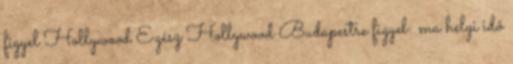
figyel Hollywood Egész Hollywood Budapestre figyel: ma helyi idő